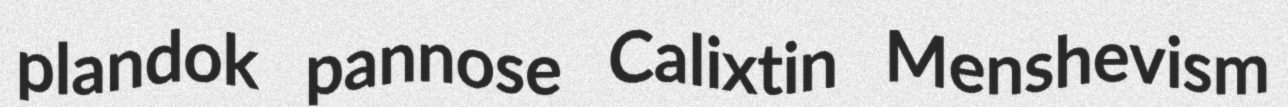
plandok pannose Calixtin Menshevism